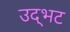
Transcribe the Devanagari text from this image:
उद्‌भट